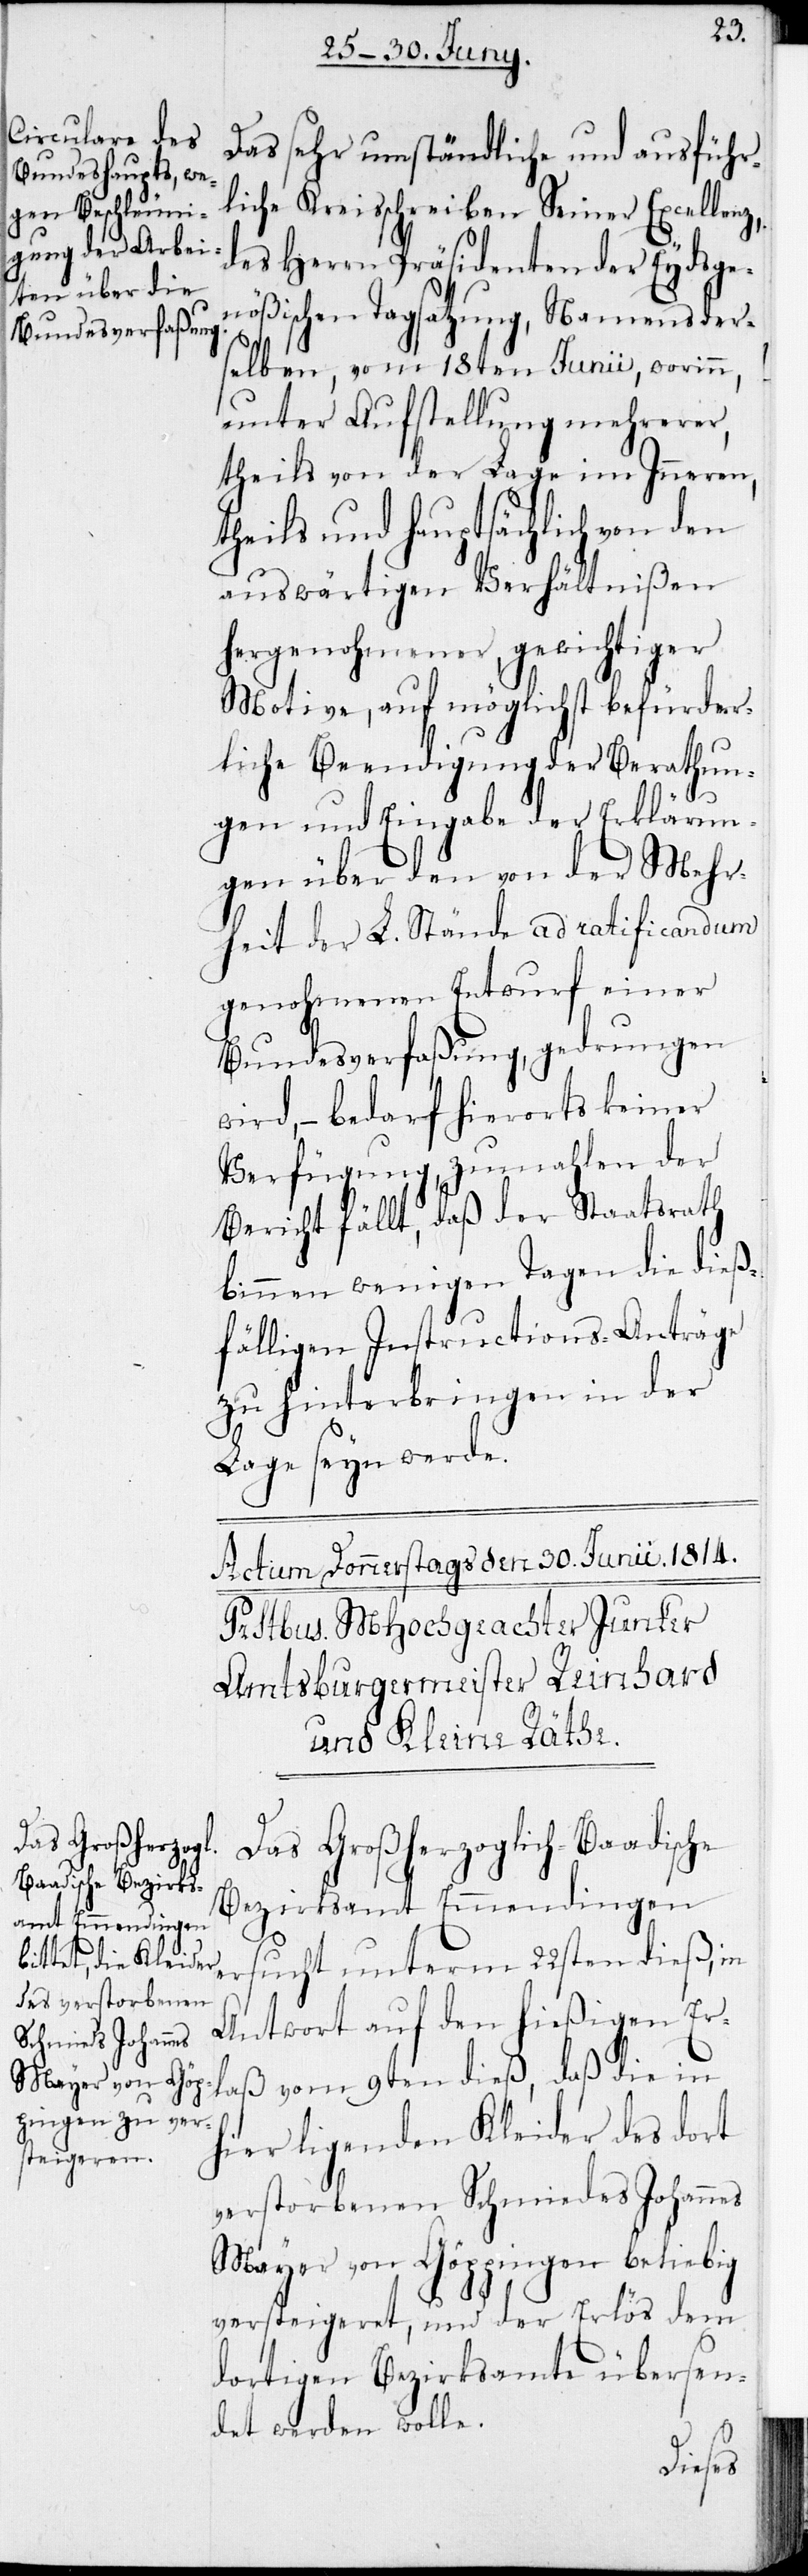
Das sehr umständliche und ausführ¬
liche Kreisschreiben Seiner Excellenz,
des Herrn Präsidenten der Eydsge¬
nößischen Tagsatzung, Namens derse¬
lben, vom 18ten Junii, worinn,
unter Aufstellung mehrerer,
theils von der Lage im Inneren,
theils und hauptsächlich von den
auswärtigen Verhältnißen
hergenohmener, gewichtiger
Motive, auf möglichst befürder¬
liche Beendigung der Berathun¬
gen und Eingabe der Erklärun¬
gen über den von der Mehr¬
heit der L. Stände ad ratificandum
genohmenen Entwurf einer
Bundesverfaßung, gedrungen
wird, – bedarf hierorts keiner
Verfügung, zumahlen der
Bericht fällt, daß der Staatsrath
binnen wenigen Tage die dieß¬
fälligen Instructions-Anträge
zu hinterbringen in der
Lage seyn werde.
Das Großherzoglich-Baadische
Bezirksamt Emmendingen
ersucht unterm 22sten dieß, in
Antwort auf den hießigen Er¬
laß vom 9ten dieß, daß die in
hier ligenden Kleider des dort
verstorbenen Schmiedes Johannes
Meyer von Göppingen beliebig
versteigeret, und der Erlös dem
dortigen Bezirksamte übersen¬
det werden wolle.